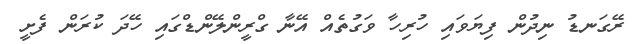
ރޭގަނޑު ނިދުން ފިޔަވައި ހުރިހާ ވަގުތެއް އޭނާ ގްރީންލޭންޑްގައި ހޭދަ ކުރަން ފެށީ